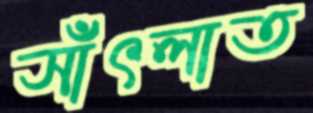
সাঁৎলাত